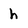
Character: h